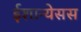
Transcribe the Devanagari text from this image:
ईशान्येसस